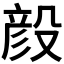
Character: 𪵏